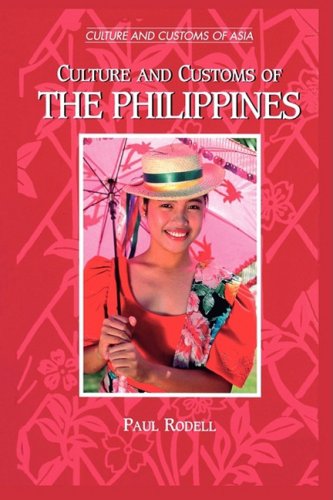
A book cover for Culture and Customs of the Philippines (Cultures and Customs of the World); Paul A. Rodell; History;